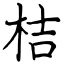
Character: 桔